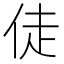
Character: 𬾉